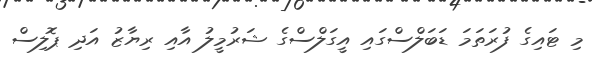
މި ޓައިގެ ފުރަތަމަ ޑަބަލްސްގައި އީގަލްސްގެ ޝަރުމީލު އާއި ރިޔާޒު އަދި ޕޮލިސް